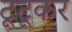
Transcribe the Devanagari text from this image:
टूटूकर